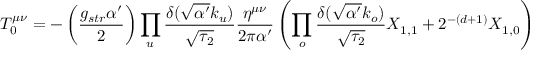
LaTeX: T _ { 0 } ^ { \mu \nu } = - \left( \frac { g _ { s t r } \alpha ^ { \prime } } { 2 } \right) \prod _ { u } \frac { \delta ( \sqrt { \alpha ^ { \prime } } k _ { u } ) } { \sqrt { \tau _ { 2 } } } \frac { \eta ^ { \mu \nu } } { 2 \pi \alpha ^ { \prime } } \left( \prod _ { o } \frac { \delta ( \sqrt { \alpha ^ { \prime } } k _ { o } ) } { \sqrt { \tau _ { 2 } } } X _ { 1 , 1 } + 2 ^ { - ( d + 1 ) } X _ { 1 , 0 } \right)